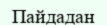
Пайдадан